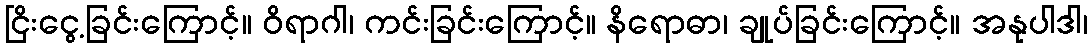
ငြိးငွေ့ခြင်းကြောင့်။ ဝိရာဂါ၊ ကင်းခြင်းကြောင့်။ နိရောဓာ၊ ချုပ်ခြင်းကြောင့်။ အနုပါဒါ၊